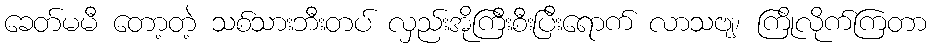
ခေတ်မမီ တော့တဲ့ သစ်သားဘီးတပ် လှည်းအိုကြီးစီးပြီးရောက် လာသဗျ၊ ကြိုလိုက်ကြတာ